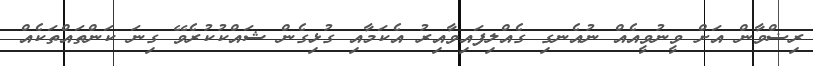
ރިޟްވާން އަށް ވީނުވީއެއް ނުއެނގި ގެއްލިފައިވާއިރު އެކަމާއި ގުޅިގެން ޝައްކުކުރެވޭ ގިނަ ކަންތައްތަކެއް